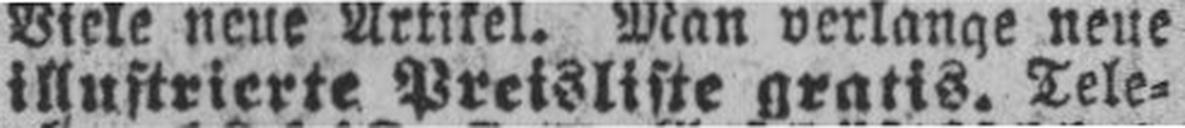
illustrierte Preisliste gratis. Tele¬